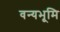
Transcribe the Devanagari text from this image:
वन्यभूमि